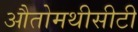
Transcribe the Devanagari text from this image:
औतोमथीसीटी